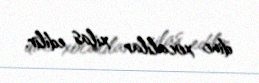
dinc xocalılar xilas edilir.